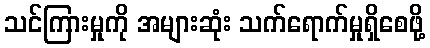
သင်ကြားမှုကို အများဆုံး သက်ရောက်မှုရှိစေဖို့